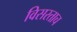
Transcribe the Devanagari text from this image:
विसरताच